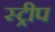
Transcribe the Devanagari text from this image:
स्‍ट्रीप